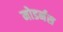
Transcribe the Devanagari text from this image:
मोडर्नस